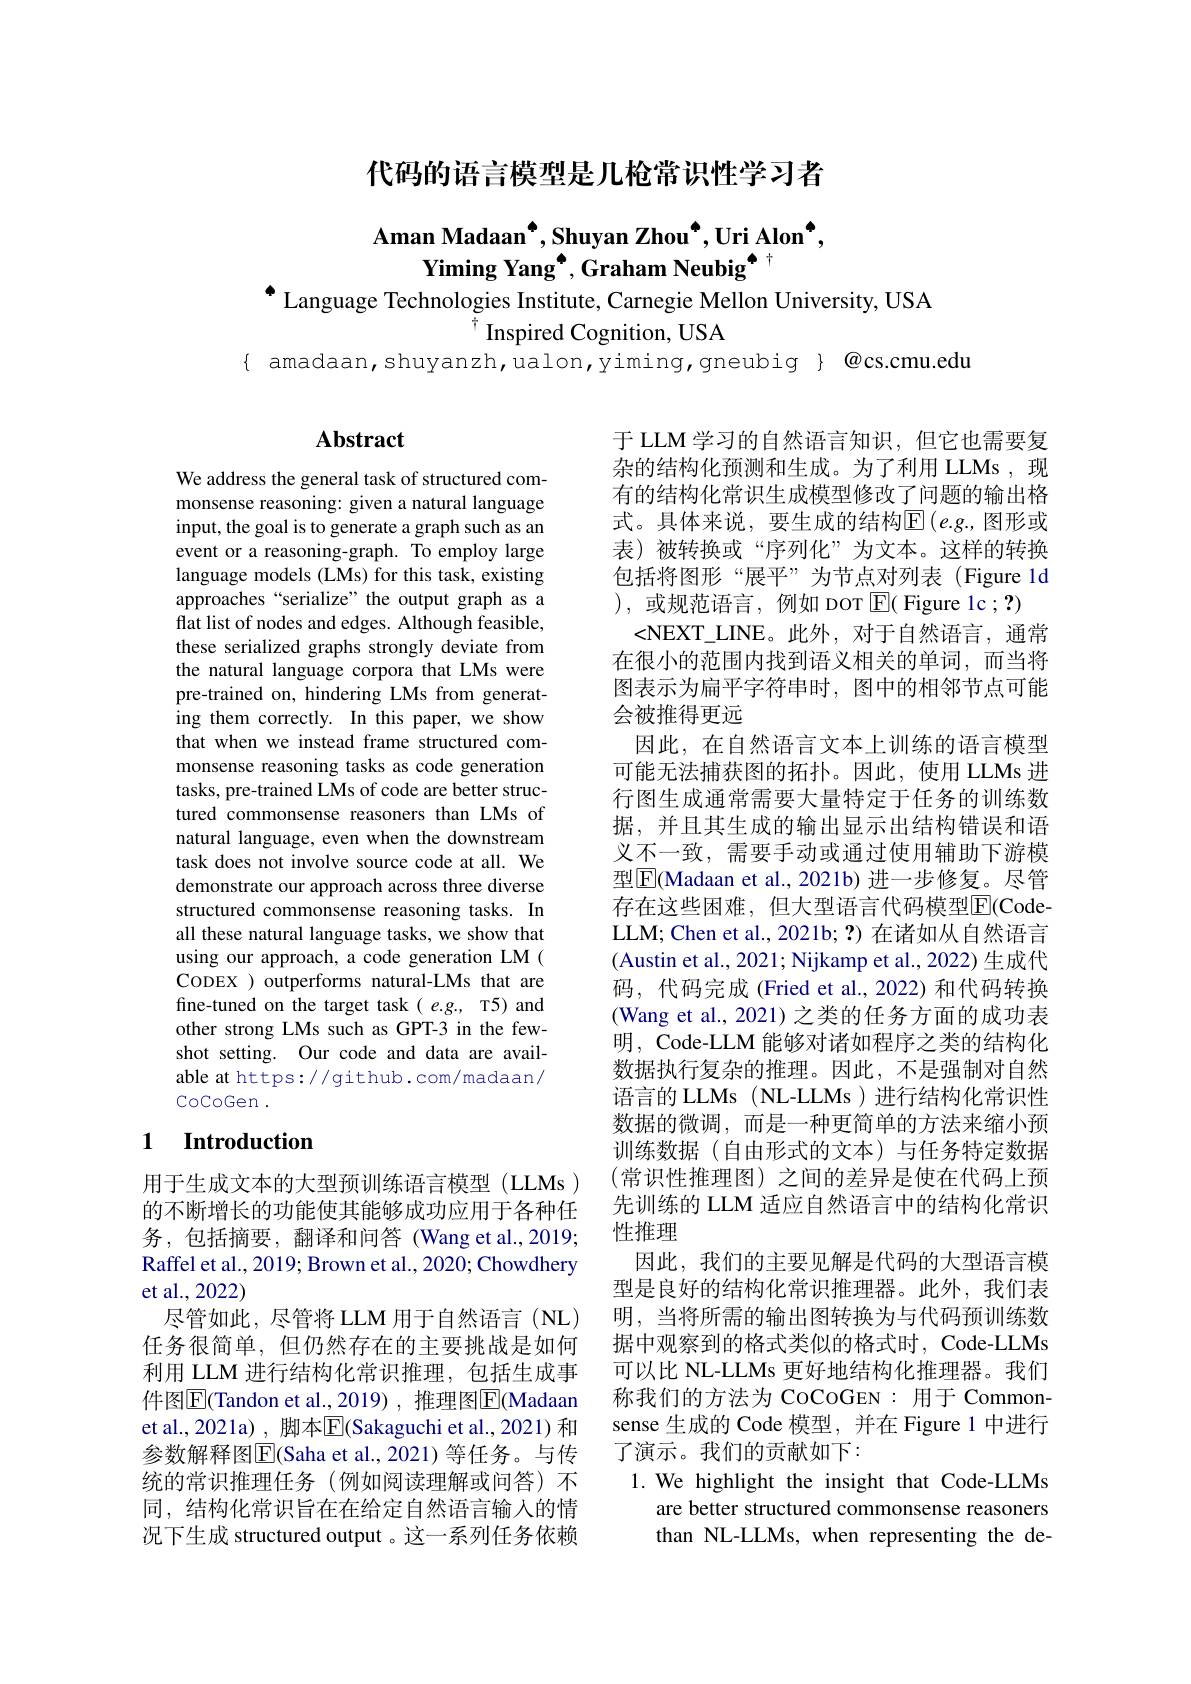
代码的语言模型是几枪常识性学习者

# Aman Madaan[INDEX] Shuyan Zhou[INDEX], Uri Alon[INDEX], Yiming Yang$^{\bullet}$,Graham Neubig$^{\bullet}$ $^{\bullet}$ Language Technologies Institute, Carnegie Mellon University, USA

$^{\top}$Inspired Cognition, USA
$\{ amadaan,shuyanzh,ualon,yiming,gneubig @cs.cmu.edu$

## $\mathbf{Abstract}$

We address the general task of structured commonsense reasoning: given a natural language input, the goal is to generate a graph such as an event or a reasoning-graph. To employ large language models (LMs) for this task, existing approaches“serialize”the output graph as a flat list of nodes and edges. Although feasible, these serialized graphs strongly deviate from the natural language corpora that LMs were pre-trained on, hindering LMs from generating them correctly. In this paper, we show that when we instead frame structured commonsense reasoning tasks as code generation tasks, pre-trained LMs of code are better structured commonsense reasoners than LMs of natural language, even when the downstream task does not involve source code at all. We demonstrate our approach across three diverse structured commonsense reasoning tasks. In all these natural language tasks, we show that using our approach, a code generation LM ( CODEX )outperforms natural-LMs that are fine-tuned on the target task $(e.g.$, T5) and other strong LMs such as GPT-3 in the fewshot setting. Our code and data are available at https://github.com/madaan/ $\operatorname{CocoGen}.$

### 1 $\textbf{Introduction}$

用于生成文本的大型预训练语言模型(LLMs) 的不断增长的功能使其能够成功应用于各种任务，包括摘要，翻译和问答(Wang et al.,2019; Raffel et al., 2019; Brown et al., 2020; Chowdhery et al.,2022)
尽管如此，尽管将 LLM 用于自然语言(NL) 任务很简单，但仍然存在的主要挑战是如何利用 LLM 进行结构化常识推理，包括生成事件图$\boxed{\mathrm{E}}($Tandon et al.,2019),推理图$\boxed{\mathrm{E}}($Madaan et al., 2021a) , 脚本$\overline{\mathrm{E}}($Sakaguchi et al., 2021) 和参数解释图$\boxed{\mathrm{E}}$(Saha et al.,2021) 等任务。与传统的常识推理任务(例如阅读理解或问答)不同，结构化常识旨在在给定自然语言输入的情况下生成 structured output 。这一系列任务依赖

于 LLM 学习的自然语言知识，但它也需要复杂的结构化预测和生成。为了利用 LLMs , 现有的结构化常识生成模型修改了问题的输出格式。具体来说，要生成的结构$\operatorname{E}(e.g.$,图形或表)被转换或“序列化”为文本。这样的转换包括将图形“展平”为节点对列表(Figure 1d ),或规范语言，例如 DOT$\boxed{\mathrm{E}}($Figure lc$;\mathbf{?})$
<NEXT\_LINE。此外，对于自然语言，通常在很小的范围内找到语义相关的单词，而当将图表示为扁平字符串时，图中的相邻节点可能会被推得更远
因此，在自然语言文本上训练的语言模型可能无法捕获图的拓扑。因此，使用 LLMs 进行图生成通常需要大量特定于任务的训练数据，并且其生成的输出显示出结构错误和语义不一致，需要手动或通过使用辅助下游模型$\boxed{\mathrm{F}}$(Madaan et al., 2021b) 进一步修复。尽管存在这些困难，但大型语言代码模型$\overline{\mathrm{E}}($CodeLLM; Chen et al., 2021b; ?) 在诸如从自然语言(Austin et al., 2021; Nijkamp et al., 2022) 生成代码，代码完成(Fried et al.,2022)和代码转换(Wang et al., 2021) 之类的任务方面的成功表明，Code-LLM 能够对诸如程序之类的结构化数据执行复杂的推理。因此，不是强制对自然语言的 LLMs ( NL-LLMs ) 进行结构化常识性数据的微调，而是一种更简单的方法来缩小预训练数据(自由形式的文本)与任务特定数据(常识性推理图)之间的差异是使在代码上预先训练的 LLM 适应自然语言中的结构化常识性推理
因此，我们的主要见解是代码的大型语言模型是良好的结构化常识推理器。此外，我们表明，当将所需的输出图转换为与代码预训练数据中观察到的格式类似的格式时，Code-LLMs 可以比 NL-LLMs 更好地结构化推理器。我们称我们的方法为 CoCoGEN:用于 Commonsense 生成的 Code 模型，并在 Figure 1 中进行了演示。我们的贡献如下：
1.We highlight the insight that Code-LLMs
are better structured commonsense reasoners than NL-LLMs, when representing the de-